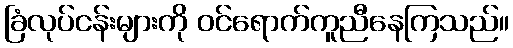
ခြံလုပ်ငန်းများကို ဝင်ရောက်ကူညီနေကြသည်။